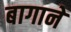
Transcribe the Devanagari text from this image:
बागानें